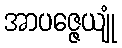
အာပဇ္ဇေယျုံ